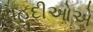
યહૂદીઓએ